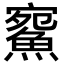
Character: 𩸪